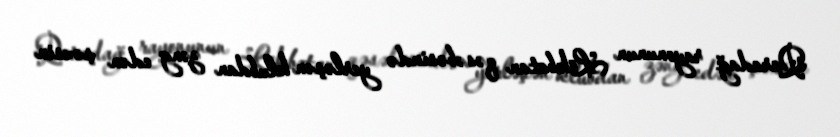
Qaradağ rayonunun Lökbatan qəsəbəsində yerləşən klubdan zəng edən şəxsin